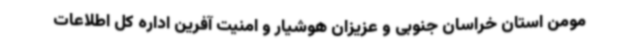
مومن استان خراسان جنوبی و عزیزان هوشیار و امنیت آفرین اداره کل اطلاعات